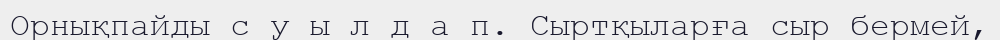
Орнықпайды с у ы л д а п. Сыртқыларға сыр бермей,